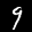
Label: 9